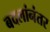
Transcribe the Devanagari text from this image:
बदलांनंतर